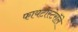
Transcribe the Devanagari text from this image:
फायटोस्टेरॉले